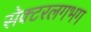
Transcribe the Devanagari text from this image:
सेक्टरलगभग